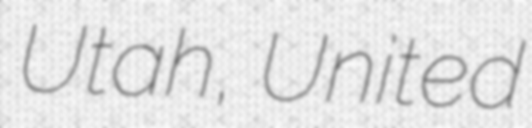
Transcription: Utah, United